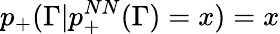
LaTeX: p_{+}(\Gamma|p_{+}^{NN}(\Gamma)=x)=x